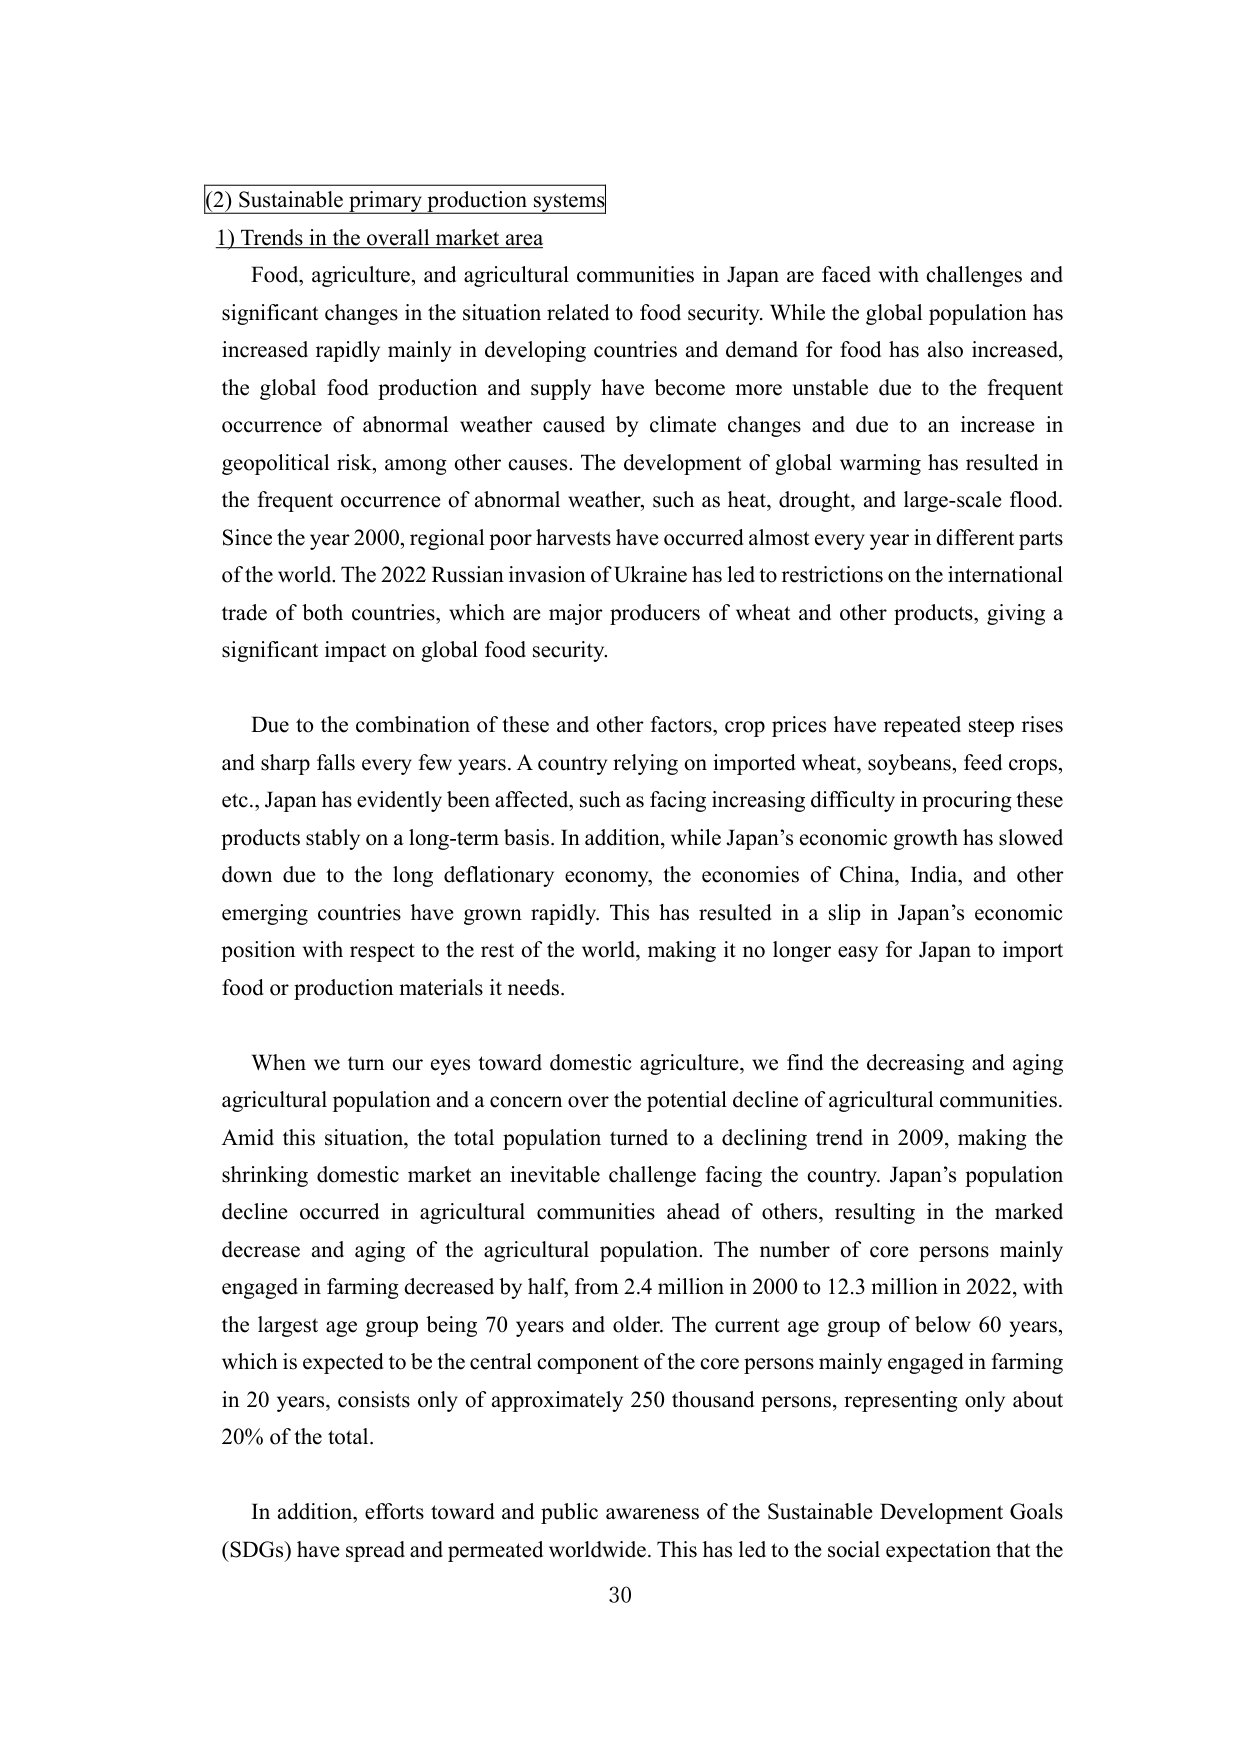
(2) Sustainable primary production systems
1) Trends in the overall market area

Food, agriculture, and agricultural communities in Japan are faced with challenges and significant changes in the situation related to food security. While the global population has increased rapidly mainly in developing countries and demand for food has also increased, the global food production and supply have become more unstable due to the frequent occurrence of abnormal weather caused by climate changes and due to an increase in geopolitical risk, among other causes. The development of global warming has resulted in the frequent occurrence of abnormal weather, such as heat, drought, and large-scale flood. Since the year 2000, regional poor harvests have occurred almost every year in different parts of the world. The 2022 Russian invasion of Ukraine has led to restrictions on the international trade of both countries, which are major producers of wheat and other products, giving a significant impact on global food security.

Due to the combination of these and other factors, crop prices have repeated steep rises and sharp falls every few years. A country relying on imported wheat, soybeans, feed crops, etc., Japan has evidently been affected, such as facing increasing difficulty in procuring these products stably on a long-term basis. In addition, while Japan’s economic growth has slowed down due to the long deflationary economy, the economies of China, India, and other emerging countries have grown rapidly. This has resulted in a slip in Japan’s economic position with respect to the rest of the world, making it no longer easy for Japan to import food or production materials it needs.

When we turn our eyes toward domestic agriculture, we find the decreasing and aging agricultural population and a concern over the potential decline of agricultural communities. Amid this situation, the total population turned to a declining trend in 2009, making the shrinking domestic market an inevitable challenge facing the country. Japan’s population decline occurred in agricultural communities ahead of others, resulting in the marked decrease and aging of the agricultural population. The number of core persons mainly engaged in farming decreased by half, from 2.4 million in 2000 to 12.3 million in 2022, with the largest age group being 70 years and older. The current age group of below 60 years, which is expected to be the central component of the core persons mainly engaged in farming in 20 years, consists only of approximately 250 thousand persons, representing only about 20% of the total.

In addition, efforts toward and public awareness of the Sustainable Development Goals (SDGs) have spread and permeated worldwide. This has led to the social expectation that the

30